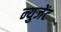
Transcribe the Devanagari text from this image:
न्युजेंट